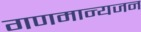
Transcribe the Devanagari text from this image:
गणमान्यजन